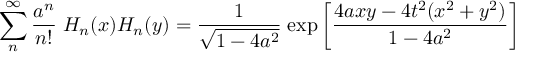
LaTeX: \sum _ { n } ^ { \infty } { \frac { a ^ { n } } { n ! } } \; H _ { n } ( x ) H _ { n } ( y ) = { \frac { 1 } { \sqrt { 1 - 4 a ^ { 2 } } } } \; \mathrm { e x p } \left[ { \frac { 4 a x y - 4 t ^ { 2 } ( x ^ { 2 } + y ^ { 2 } ) } { 1 - 4 a ^ { 2 } } } \right] \;